Vaccination in Burma 1900-1911 - 1900-1911
Year: 1900
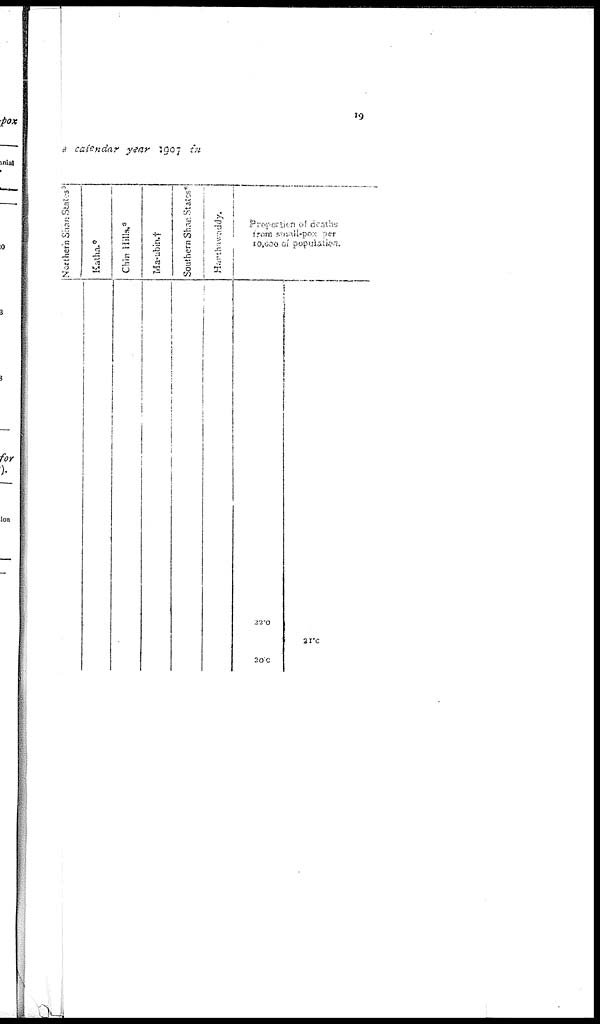
19
e calendar year 1907 in